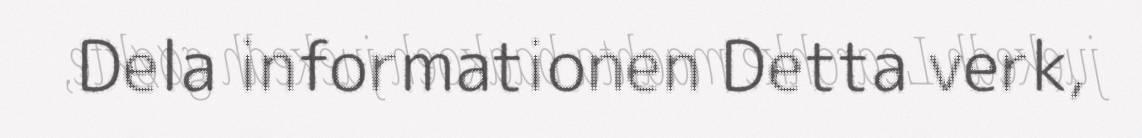
Dela informationen Detta verk,